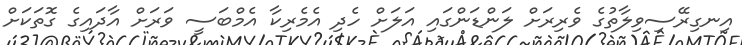
އިނގިރޭސިވިލާތުގެ ވެރިރަށް ލަންޑަންގައި އަލަށް ހެދި އެމެރިކާ އެމްބަސީ ވަރަށް އާދައިގެ ގޮތަކަށް